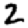
Digit: 2